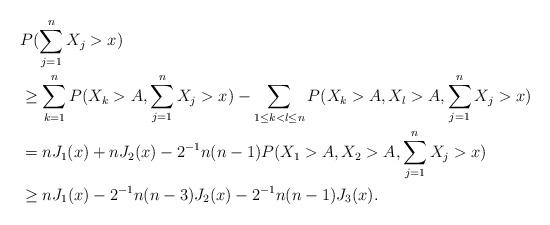
LaTeX: \begin{align*} & P(\sum_{j=1}^n X_j > x)\\ & \ge \sum_{k=1}^nP(X_k > A, \sum_{j=1}^n X_j > x)-\sum_{1 \le k < l \le n}P(X_k > A, X_l > A,\sum_{j=1}^n X_j > x)\\ & =nJ_1(x) + nJ_2(x)-2^{-1}n(n-1)P(X_1 > A, X_2 > A,\sum_{j=1}^n X_j > x)\\ & \ge nJ_1(x) -2^{-1}n(n-3)J_2(x)-2^{-1}n(n-1)J_3(x).\\ \end{align*}